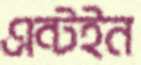
এন্টইন